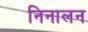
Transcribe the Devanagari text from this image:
निनालन